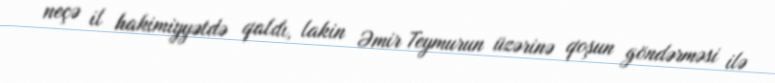
neçə il hakimiyyətdə qaldı, lakin Əmir Teymurun üzərinə qoşun göndərməsi ilə